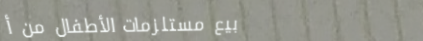
بيع مستلزمات الأطفال من أ